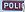
POLI